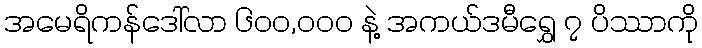
အမေရိကန်ဒေါ်လာ ၆၀၀,၀၀၀ နဲ့ အကယ်ဒမီရွှေ ၇ ပိဿာကို